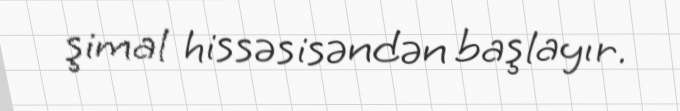
şimal hissəsisəndən başlayır.